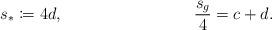
LaTeX: \begin{align*}s_*&\coloneqq 4d,&\frac{s_g}{4}&=c+d.\end{align*}